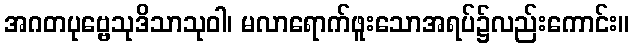
အဂတပုဗ္ဗေသုဒိသာသုဝါ၊ မလာရောက်ဖူးသောအရပ်၌လည်းကောင်း။